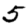
Digit: 5